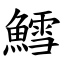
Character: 鱈